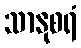
သာနုစရံ